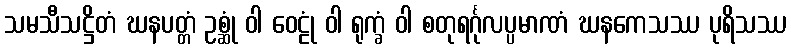
သမသီသဋ္ဌိတံ ဃနပတ္တံ ဥစ္ဆုံ ဝါ ဝေဠုံ ဝါ ရုက္ခံ ဝါ စတုရင်္ဂုလပ္ပမာဏံ ဃနကေသဿ ပုရိသဿ